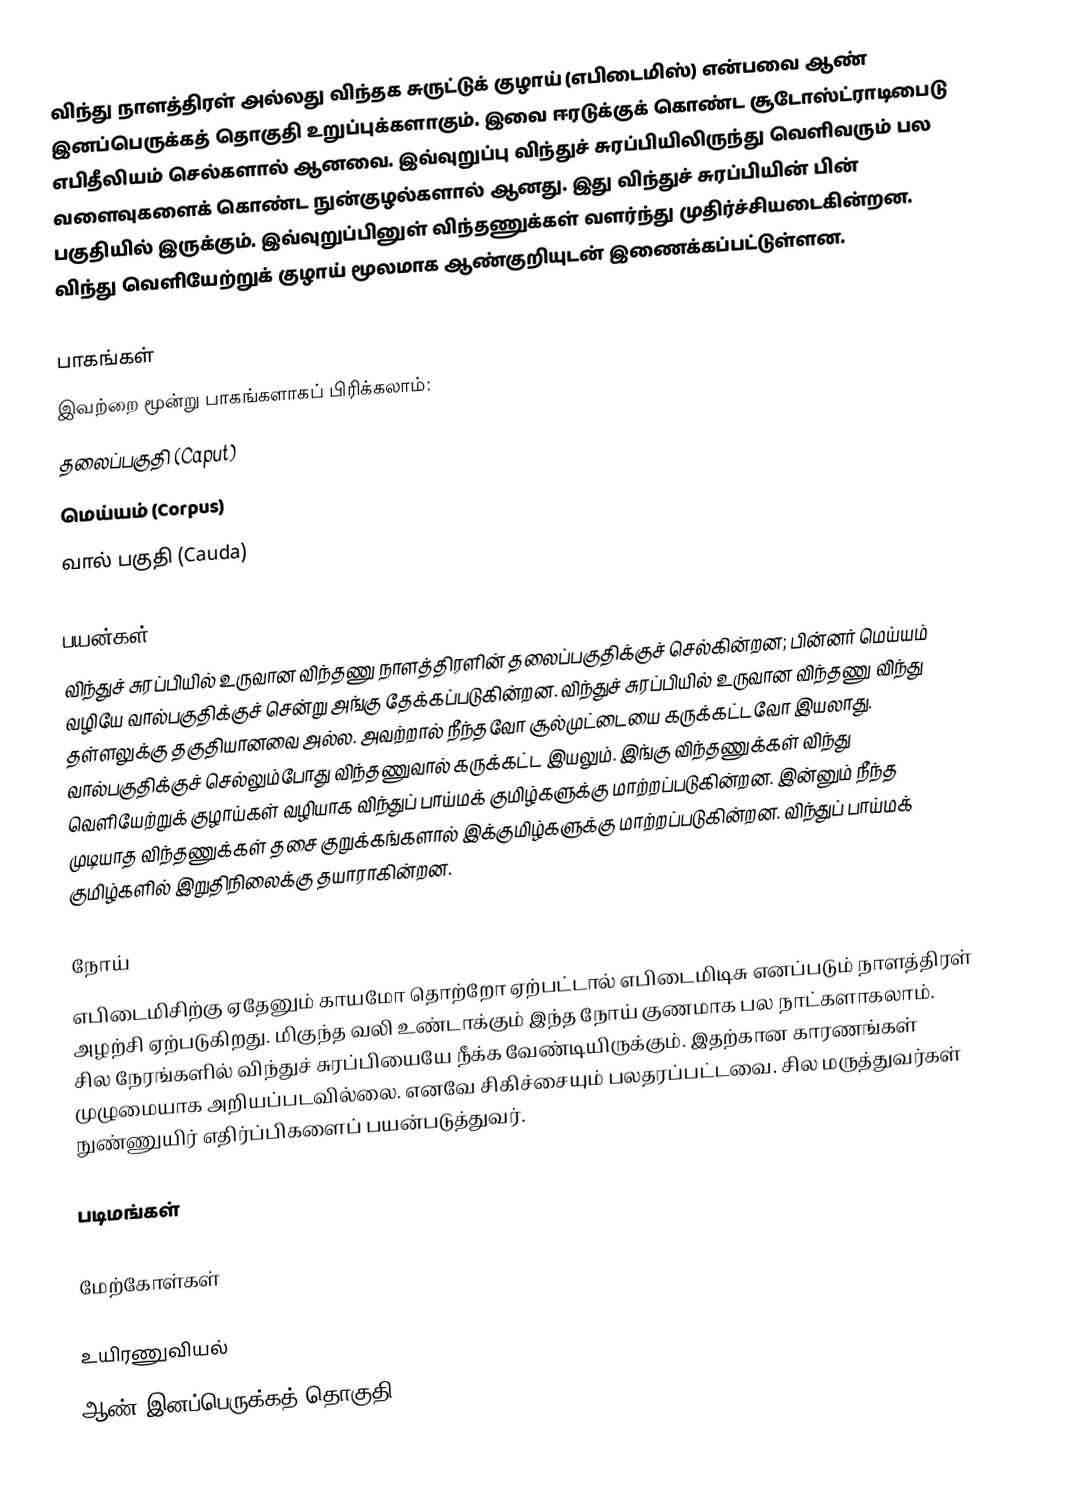
விந்து நாளத்திரள் அல்லது விந்தக சுருட்டுக் குழாய் (எபிடைமிஸ்) என்பவை ஆண் இனப்பெருக்கத் தொகுதி உறுப்புக்களாகும்.  இவை ஈரடுக்குக் கொண்ட சூடோஸ்ட்ராடிபைடு எபிதீலியம் செல்களால் ஆனவை. இவ்வுறுப்பு விந்துச் சுரப்பியிலிருந்து வெளிவரும் பல வளைவுகளைக் கொண்ட நுன்குழல்களால் ஆனது. இது விந்துச் சுரப்பியின் பின் பகுதியில் இருக்கும். இவ்வுறுப்பினுள் விந்தணுக்கள் வளர்ந்து முதிர்ச்சியடைகின்றன. விந்து வெளியேற்றுக் குழாய் மூலமாக ஆண்குறியுடன் இணைக்கப்பட்டுள்ளன.

பாகங்கள்
இவற்றை மூன்று பாகங்களாகப் பிரிக்கலாம்:
 தலைப்பகுதி  (Caput)
 மெய்யம்  (Corpus)
 வால் பகுதி  (Cauda)

பயன்கள்
விந்துச் சுரப்பியில் உருவான விந்தணு நாளத்திரளின் தலைப்பகுதிக்குச் செல்கின்றன; பின்னர் மெய்யம் வழியே வால்பகுதிக்குச் சென்று அங்கு  தேக்கப்படுகின்றன. விந்துச் சுரப்பியில் உருவான விந்தணு விந்து தள்ளலுக்கு தகுதியானவை அல்ல. அவற்றால் நீந்தவோ  சூல்முட்டையை கருக்கட்டவோ இயலாது. வால்பகுதிக்குச் செல்லும்போது விந்தணுவால் கருக்கட்ட இயலும். இங்கு விந்தணுக்கள் விந்து வெளியேற்றுக் குழாய்கள் வழியாக விந்துப் பாய்மக் குமிழ்களுக்கு மாற்றப்படுகின்றன. இன்னும் நீந்த முடியாத விந்தணுக்கள் தசை குறுக்கங்களால் இக்குமிழ்களுக்கு மாற்றப்படுகின்றன. விந்துப் பாய்மக் குமிழ்களில் இறுதிநிலைக்கு தயாராகின்றன.

நோய்
எபிடைமிசிற்கு ஏதேனும் காயமோ தொற்றோ ஏற்பட்டால் எபிடைமிடிசு எனப்படும் நாளத்திரள் அழற்சி ஏற்படுகிறது. மிகுந்த வலி உண்டாக்கும் இந்த நோய் குணமாக பல நாட்களாகலாம். சில நேரங்களில் விந்துச் சுரப்பியையே நீக்க வேண்டியிருக்கும். இதற்கான காரணங்கள் முழுமையாக அறியப்படவில்லை. எனவே சிகிச்சையும் பலதரப்பட்டவை. சில மருத்துவர்கள் நுண்ணுயிர் எதிர்ப்பிகளைப் பயன்படுத்துவர்.

படிமங்கள்

மேற்கோள்கள்

உயிரணுவியல்
ஆண் இனப்பெருக்கத் தொகுதி